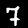
Label: 7